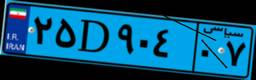
۲۵D۹۰۴۰۷